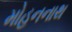
મોહનનાથ